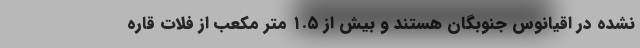
نشده در اقیانوس جنوبگان هستند و بیش از ۱.۵ متر مکعب از فلات قاره